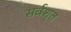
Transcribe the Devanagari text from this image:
सर्वशृत